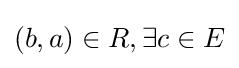
(b,a)\in R,\exists c\in E